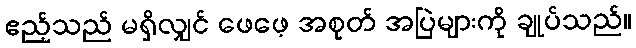
ဧည့်သည် မရှိလျှင် ဖေဖေ့ အစုတ် အပြဲများကို ချုပ်သည်။